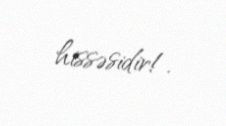
hissəsidir!.